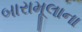
બારામૂલાના